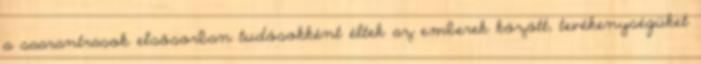
a saarantrasok elsősorban tudósokként éltek az emberek között, tevékenységüket